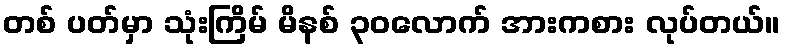
တစ် ပတ်မှာ သုံးကြိမ် မိနစ် ၃၀လောက် အားကစား လုပ်တယ်။